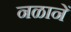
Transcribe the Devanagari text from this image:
नळानें